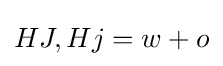
HJ,Hj=w+o